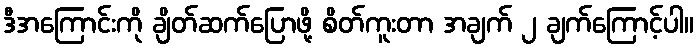
ဒီအကြောင်းကို ချိတ်ဆက်ပြောဖို့ စိတ်ကူးတာ အချက် ၂ ချက်ကြောင့်ပါ။